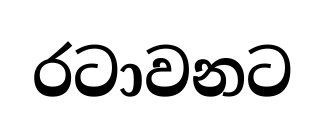
රටාවනට